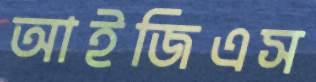
আইজিএস